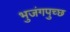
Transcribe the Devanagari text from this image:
भुजंगपुच्छ